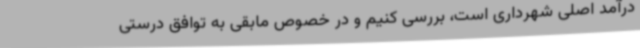
درآمد اصلی شهرداری است، بررسی کنیم و در خصوص مابقی به توافق درستی